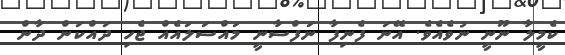
ކެމީލާ ނޫނީ ނުވެއެވެ. އޭނަ ފެނިފާ ނަފްސާނީ މައްސަލައެއް ޖެހި ދައްކަން ދާން